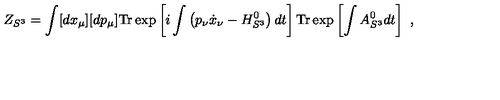
Z _ { S ^ { 3 } } = \int [ d x _ { \mu } ] [ d p _ { \mu } ] \mathrm { T r } \exp \left[ i \int \left( p _ { \nu } \dot { x } _ { \nu } - H _ { S ^ { 3 } } ^ { 0 } \right) d t \right] \mathrm { T r } \exp \left[ \int A _ { S ^ { 3 } } ^ { 0 } d t \right] \ ,